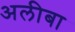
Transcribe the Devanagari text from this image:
अलीबा